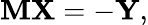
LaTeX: \mathbf{MX}=-\mathbf{Y},